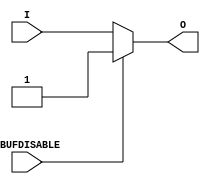
///////////////////////////////////////////////////////////////////////////////
// Copyright (c) 1995/2004 Xilinx, Inc.
// All Right Reserved.
///////////////////////////////////////////////////////////////////////////////
//   ____  ____
//  /   /\/   /
// /___/  \  /    Vendor : Xilinx
// \   \   \/     Version : 10.1
//  \   \         Description : Xilinx Functional Simulation Library Component
//  /   /                  Input Buffer
// /___/   /\     Filename : IBUF_IBUFDISABLE.v
// \   \  /  \    Timestamp : Wed Dec  8 17:04:24 PST 2010
//  \___\/\___\
//
// Revision:
//    12/08/10 - Initial version.
//    04/04/11 - CR 604808 fix 
//    06/15/11 - CR 613347 -- made ouput logic_1 when IBUFDISABLE is active
//    08/31/11 - CR 623170 -- added attribute USE_IBUFDISABLE
//    09/13/11 - CR 624774 -- Removed attributes IBUF_DELAY_VALUE and IFD_DELAY_VALUE
//    09/16/11 - CR 625725 -- Removed attribute CAPACITANCE
// End Revision

`timescale  1 ps / 1 ps


module IBUF_IBUFDISABLE (O, I, IBUFDISABLE);

    parameter IBUF_LOW_PWR = "TRUE";
    parameter IOSTANDARD = "DEFAULT";
    parameter USE_IBUFDISABLE = "TRUE";
    
    output O;

    input  I;
    input  IBUFDISABLE;

    initial begin
	
        case (IBUF_LOW_PWR)

            "FALSE", "TRUE" : ;
            default : begin
                          $display("Attribute Syntax Error : The attribute IBUF_LOW_PWR on IBUF_IBUFDISABLE instance %m is set to %s.  Legal values for this attribute are TRUE or FALSE.", IBUF_LOW_PWR);
                          $finish;
                      end

        endcase


    end

    generate
       case (USE_IBUFDISABLE)
          "TRUE" :  begin
                        assign O = (IBUFDISABLE == 0)? I : (IBUFDISABLE == 1)? 1'b1  : 1'bx;
                    end
          "FALSE" : begin
                        assign O = I;
                    end
       endcase
    endgenerate


endmodule